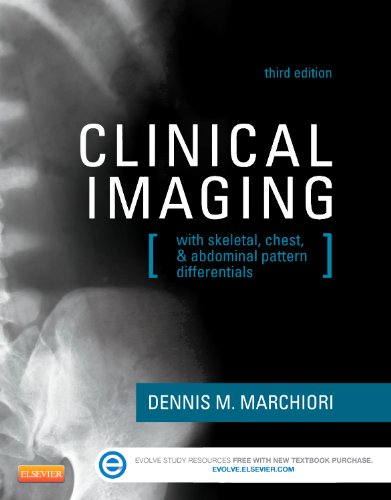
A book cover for Clinical Imaging: With Skeletal, Chest, & Abdominal Pattern Differentials, 3e; Dennis Marchiori DC  MS  DACBR; Medical Books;